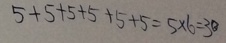
5 + 5 + 5 + 5 + 5 + 5 = 5 \times 6 = 3 0